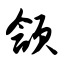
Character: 颔